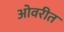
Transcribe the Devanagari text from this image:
ओवरीत